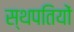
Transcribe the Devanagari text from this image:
स्थपतियों